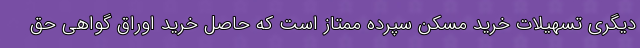
دیگری تسهیلات خرید مسکن سپرده ممتاز است که حاصل خرید اوراق گواهی حق